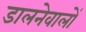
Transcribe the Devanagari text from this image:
डालनेवालों